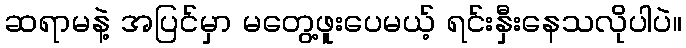
ဆရာမနဲ့ အပြင်မှာ မတွေ့ဖူးပေမယ့် ရင်းနှီးနေသလိုပါပဲ။